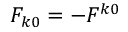
F _ { k 0 } = - F ^ { k 0 }